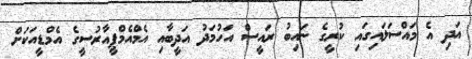
އަދި އެ މައްސަލައިގައި ކުރީގެ ނައިބު ރައީސް އަހުމަދު އަދީބާއި އެމްއެމްޕީއާރުސީގެ އެމްޑީއަކަށް